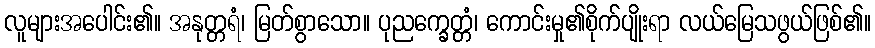
လူများအပေါင်း၏။ အနုတ္တရံ၊ မြတ်စွာသော။ ပုညက္ခေတ္တံ၊ ကောင်းမှု၏စိုက်ပျိုးရာ လယ်မြေသဖွယ်ဖြစ်၏။